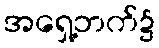
အရှေ့ဘက်၌